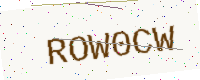
Text: ROW0CW